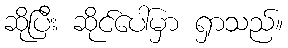
ဆိုပြီး ဆိုင်ပေါ်မှာ ရှာသည်။